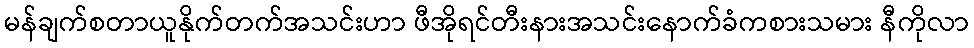
မန်ချက်စတာယူနိုက်တက်အသင်းဟာ ဖီအိုရင်တီးနားအသင်းနောက်ခံကစားသမား နီကိုလာ